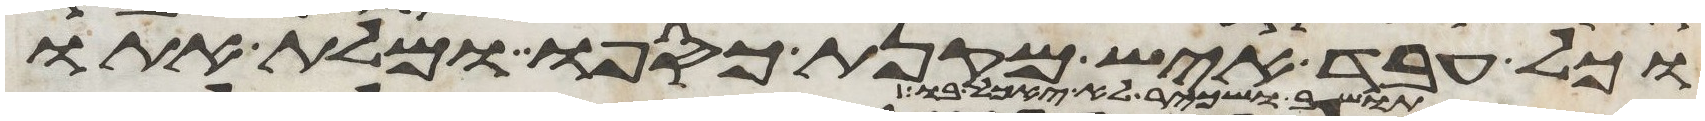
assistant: וכל עבד איש מקנת כספו ומלת אתו